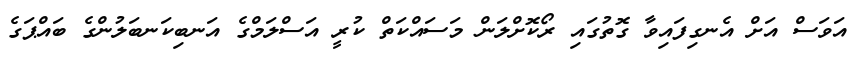
އަވަސް އަށް އެނގިފައިވާ ގޮތުގައި ރޯކޮށްލަން މަސައްކަތް ކުރީ އަސްލަމްގެ އަނބިކަނބަލުންގެ ބައްޕަގެ